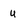
Character: u